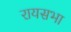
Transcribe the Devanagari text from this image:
रायसभा